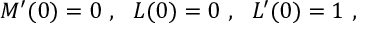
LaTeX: M ^ { \prime } ( 0 ) = 0 ~ , ~ ~ { \cal L } ( 0 ) = 0 ~ , ~ ~ { \cal L } ^ { \prime } ( 0 ) = 1 ~ ,